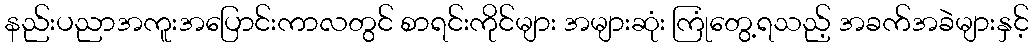
နည်းပညာအကူးအပြောင်းကာလတွင် စာရင်းကိုင်များ အများဆုံး ကြုံတွေ့ရသည့် အခက်အခဲများနှင့်